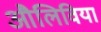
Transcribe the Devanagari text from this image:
औलिविया